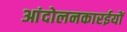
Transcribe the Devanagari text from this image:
आंदोलनकारईयों